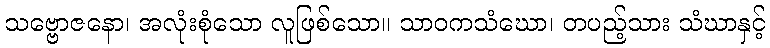
သဗ္ဗောဇနော၊ အလုံးစုံသော လူဖြစ်သော။ သာဝကသံဃော၊ တပည့်သား သံဃာနှင့်